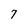
Character: 7